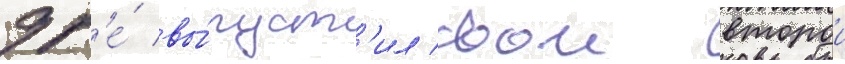
др'е́ вы́пуст'ил свои второи